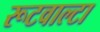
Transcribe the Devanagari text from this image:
रूटवाल्टा